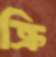
ক্রি